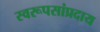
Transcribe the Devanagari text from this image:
स्वरूपसांप्रदाय